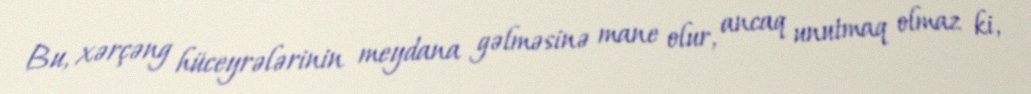
Bu, xərçəng hüceyrələrinin meydana gəlməsinə mane olur, ancaq unutmaq olmaz ki,